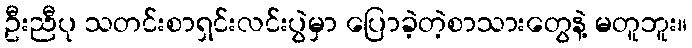
ဦးညီပု သတင်းစာရှင်းလင်းပွဲမှာ ပြောခဲ့တဲ့စာသားတွေနဲ့ မတူဘူး။